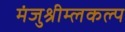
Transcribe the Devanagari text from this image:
मंजुश्रीम्लकल्प